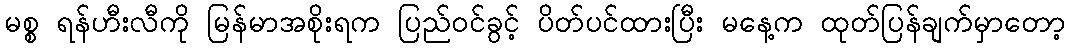
မစ္စ ရန်ဟီးလီကို မြန်မာအစိုးရက ပြည်ဝင်ခွင့် ပိတ်ပင်ထားပြီး မနေ့က ထုတ်ပြန်ချက်မှာတော့